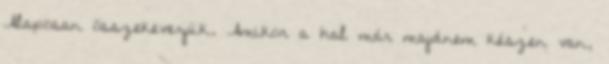
Alaposan összekeverjük. Amikor a hal már majdnem készen van,